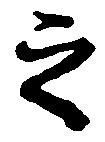
之